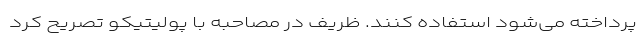
پرداخته می‌شود استفاده کنند. ظریف در مصاحبه با پولیتیکو تصریح کرد